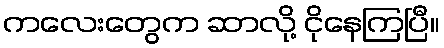
ကလေးတွေက ဆာလို့ ငိုနေကြပြီ။